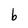
Character: b